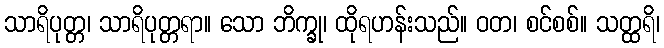
သာရိပုတ္တ၊ သာရိပုတ္တရာ။ သော ဘိက္ခု၊ ထိုရဟန်းသည်။ ဝတ၊ စင်စစ်။ သတ္ထရိ၊